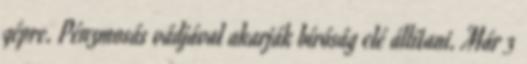
gépre. Pénzmosás vádjával akarják bíróság elé állítani. Már 3